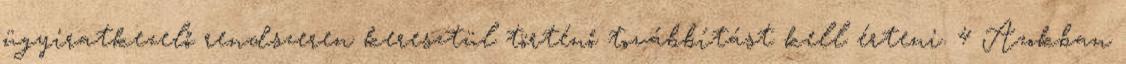
ügyiratkezelő rendszeren keresztül történő továbbítást kell érteni. 4 Azokban